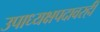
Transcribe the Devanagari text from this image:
उपाध्यक्षपदावरही